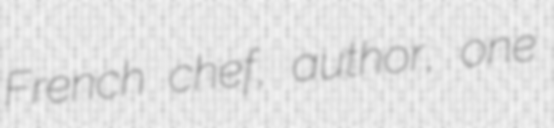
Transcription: French chef, author, one